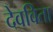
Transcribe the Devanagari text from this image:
देवविता